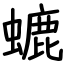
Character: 螰